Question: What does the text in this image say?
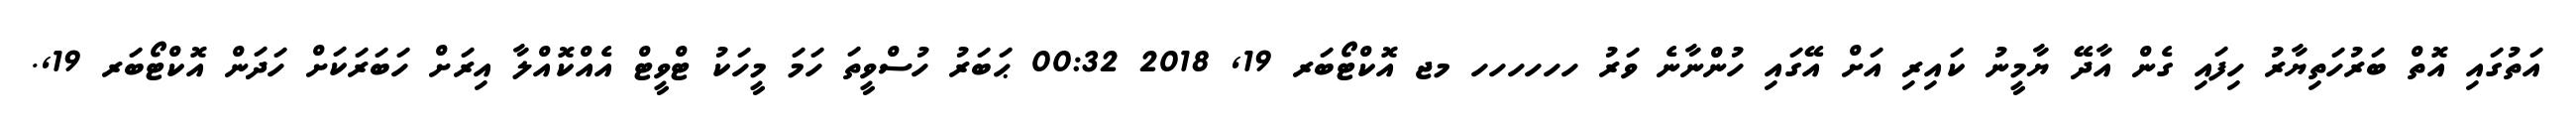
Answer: އަތުގައި އޮތް ބަރުހަތިޔާރު ހިފައި ގެން އާދޭ ޔާމީނު ކައިރި އަށް އޭގައި ހުންނާނެ ވަރު ހހހހހހ މޖ އޮކްޓޯބަރ 19, 2018 00:32 ޙަބަރު ހުސްވީތަ ހަމަ މީހަކު ޓްވީޓް އެއްކޮއްލާ އިރަށް ހަބަރަކަށް ހަދަން އޮކްޓޯބަރ 19,.